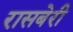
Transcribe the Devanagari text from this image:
रासबेरी